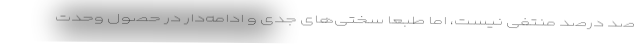
صد درصد منتفی نیست، اما طبعاً سختی‌های جدی و ادامه‌دار در حصول وحدت